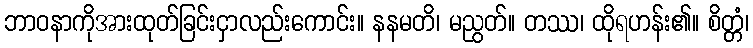
ဘာဝနာကိုအားထုတ်ခြင်းငှာလည်းကောင်း။ နနမတိ၊ မညွတ်။ တဿ၊ ထိုရဟန်း၏။ စိတ္တံ၊